Vaccination in the Punjab 1905-1918 - 1905-1918
Year: 1905
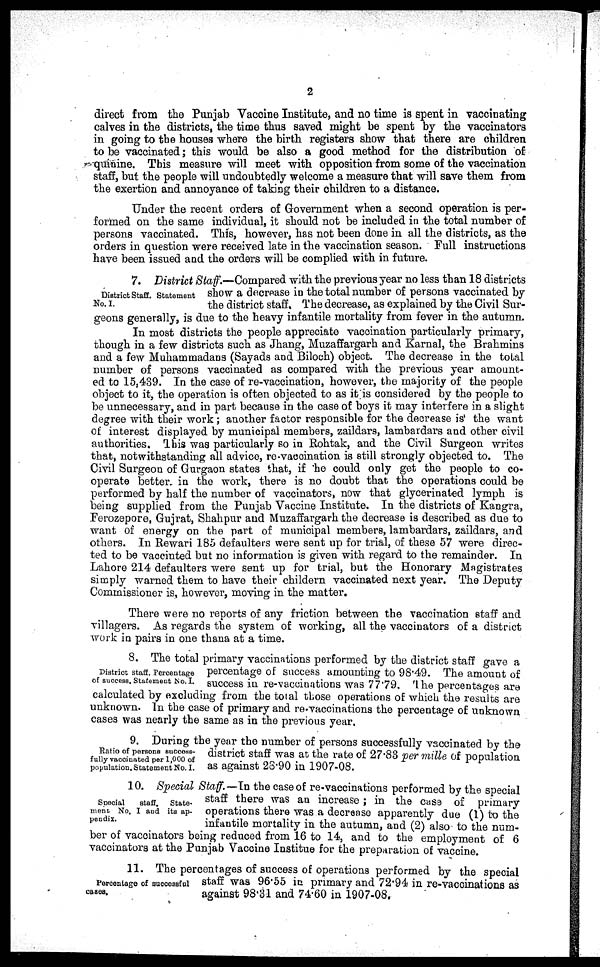
2
direct from the Punjab Vaccine Institute, and no time is spent in vaccinating
calves in the districts, the time thus saved might be spent by the vaccinators
in going to the houses where the birth registers show that there are children
to be vaccinated; this would be also a good method for the distribution of
quinine. This measure will meet with opposition from some of the vaccination
staff, but the people will undoubtedly welcome a measure that will save them from
the exertion and annoyance of taking their children to a distance.
Under the recent orders of Government when a second operation is per-
formed on the same individual, it should not be included in the total number of
persons vaccinated. This, however, has not been done in all the districts, as the
orders in question were received late in the vaccination season. Full instructions
have been issued and the orders will be complied with in future.
District Staff. Statement
No. I.
7. District Staff.—Compared with the previous year no less than 18 districts
show a decrease in the total number of persons vaccinated by
the district staff. The decrease, as explained by the Civil Sur-
geons generally, is due to the heavy infantile mortality from fever in the autumn.
In most districts the people appreciate vaccination particularly primary,
though in a few districts such as Jhang, Muzaffargarh and Karnal, the Brahmins
and a few Muhammadans (Sayads and Biloch) object. The decrease in the total
number of persons vaccinated as compared with the previous year amount-
ed to 15.439. In the case of re-vaccination, however, the majority of the people
object to it, the operation is often objected to as it is considered by the people to
be unnecessary, and in part because in the case of boys it may interfere in a slight
degree with their work; another factor responsible for the decrease is the want
of interest displayed by municipal members, zaildars, lambardars and other civil
authorities. This was particularly so in Rohtak, and the Civil Surgeon writes
that, notwithstanding all advice, re-vaccination is still strongly objected to. The
Civil Surgeon of Gurgaon states that, if he could only get the people to co-
operate better in the work, there is no doubt that the operations could be
performed by half the number of vaccinators, now that glycerinated lymph is
being supplied from the Punjab Vaccine Institute. In the districts of Kangra,
Ferozepore, Gujrat, Shahpur and Muzaffargarh the decrease is described as due to
want of energy on the part of municipal members, lambardars, zaildars, and
others. In Rewari 185 defaulters were sent up for trial, of these 57 were direc-
ted to be vaccinted but no information is given with regard to the remainder. In
Lahore 214 defaulters were sent up for trial, but the Honorary Magistrates
simply warned them to have their childern vaccinated next year. The Deputy
Commissioner is, however, moving in the matter.
There were no reports of any friction between the vaccination staff and
villagers. As regards the system of working, all the vaccinators of a district
work in pairs in one thana at a time.
District staff. Percentage
of success. Statement No. I.
8. The total primary vaccinations performed by the district staff gave a
percentage of success amounting to 98.49. The amount of
success in re-vaccinations was 77.79. The percentages are
calculated by excluding from the total those operations of which the results are
unknown. In the case of primary and re-vaccinations the percentage of unknown
cases was nearly the same as in the previous year.
Ratio of persons success-
fully vaccinated per 1,000 of
population. Statement No. I.
9. During the year the number of persons successfully vaccinated by the
district staff was at the rate of 27.83 per mille of population
as against 28.90 in 1907-08.
Special
staff.
State-
ment No. I and its ap-
pendix.
10. Special Staff.— In the case of re-vaccinations performed by the special
staff there was an increase ; in the case of primary
operations there was a decrease apparently due (1) to the
infantile mortality in the autumn, and (2) also to the num-
ber of vaccinators being reduced from 16 to 14, and to the employment of 6
vaccinators at the Punjab Vaccine Institue for the preparation of vaccine.
Percentage of successful
cases.
11. The percentages of success of operations performed by the special
staff was 96.55 in primary and 72.94 in re-vaccinations as
against 98.31 and 74.60 in 1907-08.